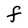
Character: F